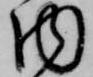
内